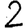
Digit: 2